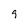
Character: g